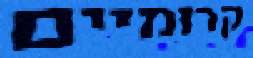
קרומיים